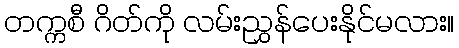
တက္ကစီ ဂိတ်ကို လမ်းညွှန်ပေးနိုင်မလား။